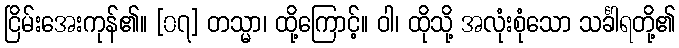
ငြိမ်းအေးကုန်၏။ [၀၇] တသ္မာ၊ ထို့ကြောင့်။ ဝါ၊ ထိုသို့ အလုံးစုံသော သင်္ခါရတို့၏